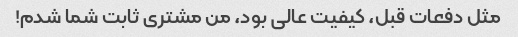
مثل دفعات قبل، کیفیت عالی بود، من مشتری ثابت شما شدم!